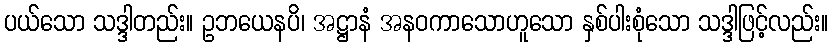
ပယ်သော သဒ္ဒါတည်း။ ဥဘယေနပိ၊ အဋ္ဌာနံ အနဝကာသောဟူသော နှစ်ပါးစုံသော သဒ္ဒါဖြင့်လည်း။